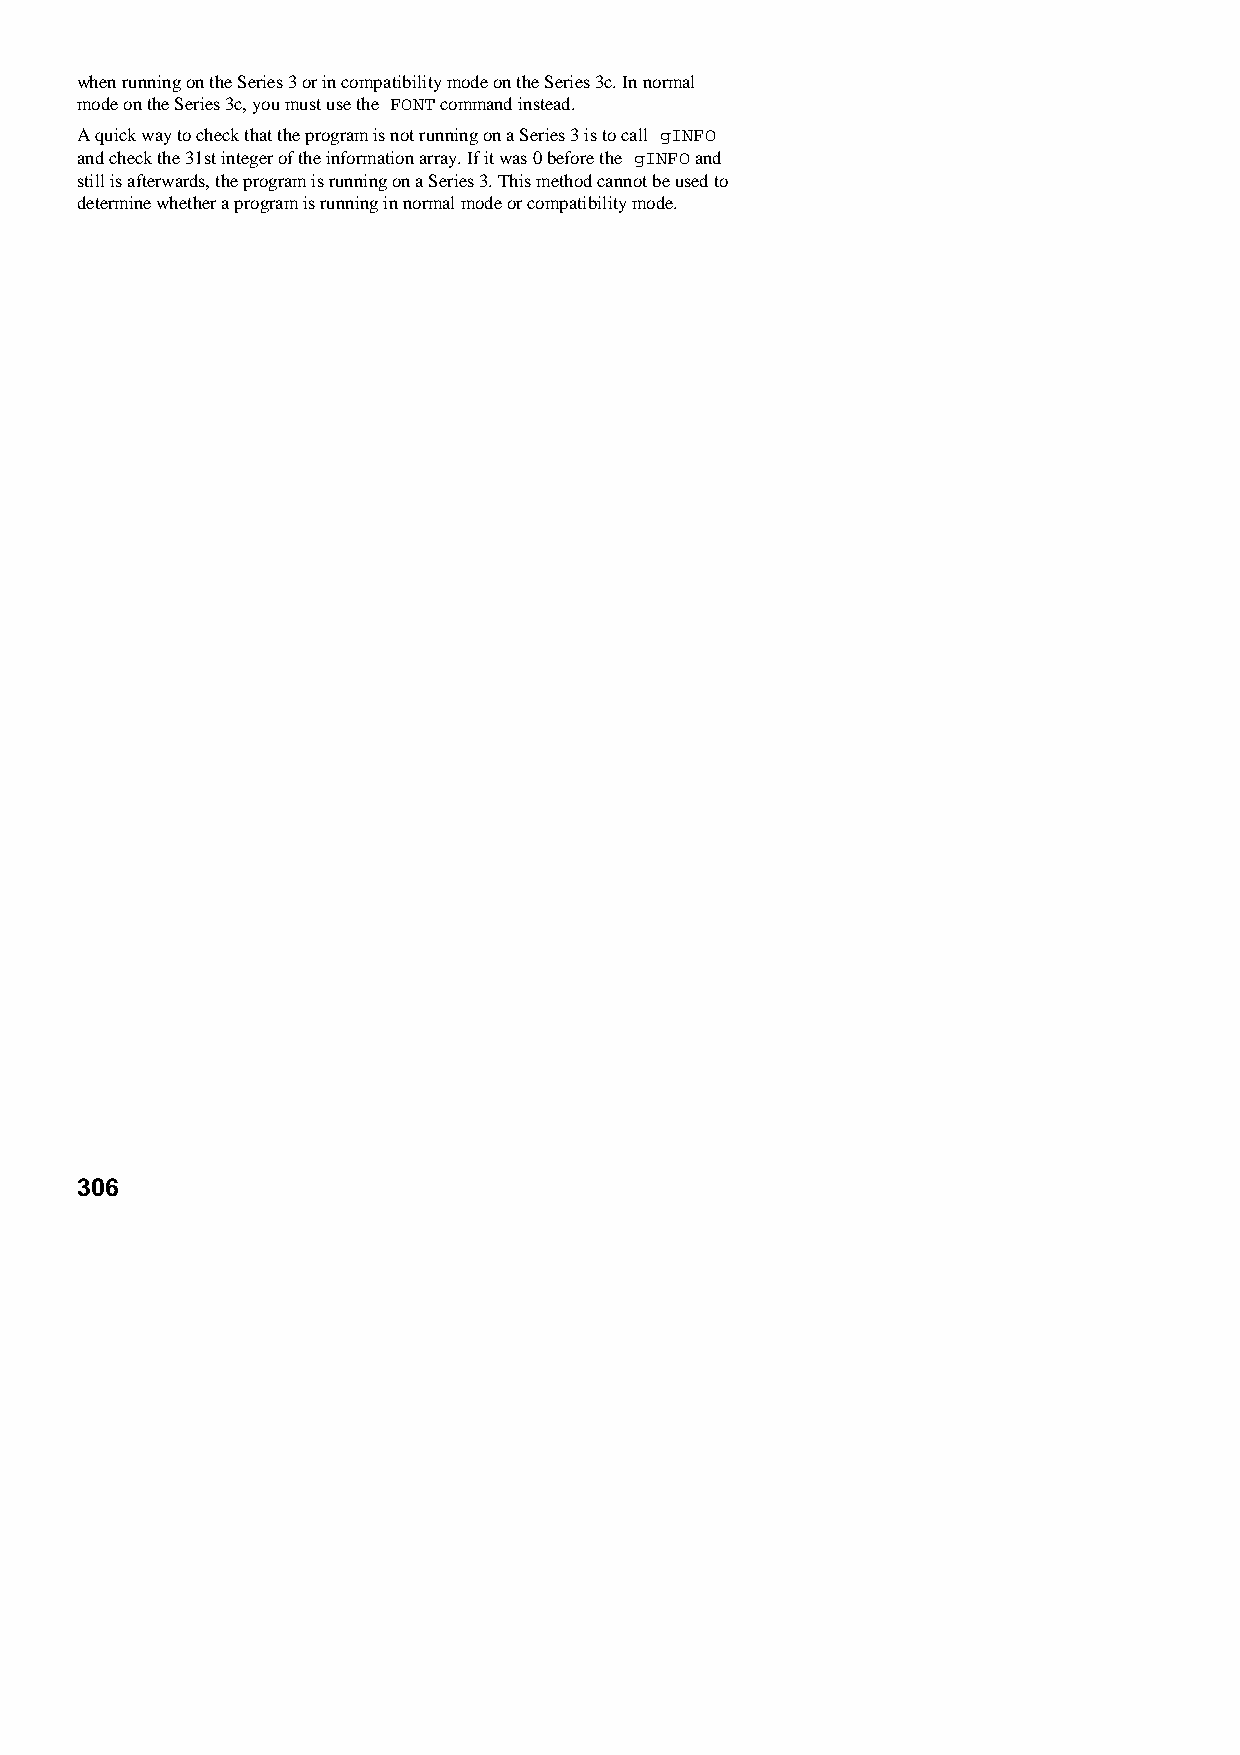
when running on the Series 3 or in compatibility mode on the Series 3c. In normal
 mode on the Series 3c, you must use the FONT command instead.
 A quick way to check that the program is not running on a Series 3 is to call gINFO
 and check the 31st integer of the information array. If it was 0 before the gINFO and
 still is afterwards, the program is running on a Series 3. This method cannot be used to
 determine whether a program is running in normal mode or compatibility mode.
 306